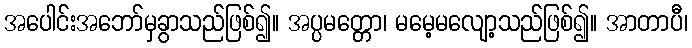
အပေါင်းအဘော်မှခွာသည်ဖြစ်၍။ အပ္ပမတ္တော၊ မမေ့မလျော့သည်ဖြစ်၍။ အာတာပီ၊